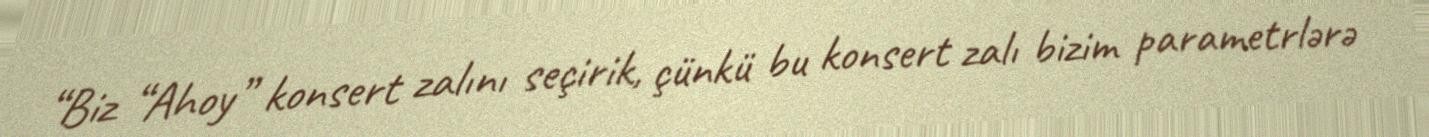
“Biz “Ahoy” konsert zalını seçirik, çünkü bu konsert zalı bizim parametrlərə